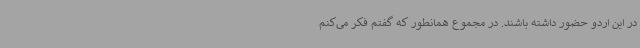
در این اردو حضور داشته باشند. در مجموع همانطور که گفتم فکر می‌کنم